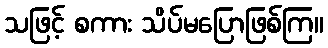
သဖြင့် စကား သိပ်မပြောဖြစ်ကြ။